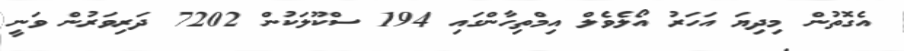
އެގޮތުން މިދިޔަ އަހަރު އޯލެވެލް އިމްތިހާންގައި 194 ސްކޫލަކުން 7202 ދަރިވަރުން ވަނީ